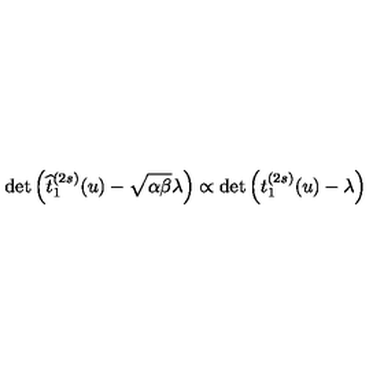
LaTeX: \det \left( \widehat { t } _ { 1 } ^ { ( 2 s ) } ( u ) - \sqrt { \alpha \beta } \lambda \right) \propto \det \left( t _ { 1 } ^ { ( 2 s ) } ( u ) - \lambda \right)